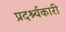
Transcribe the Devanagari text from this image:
प्रदर्श्यकारी